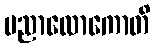
ပညာလောကောတိ